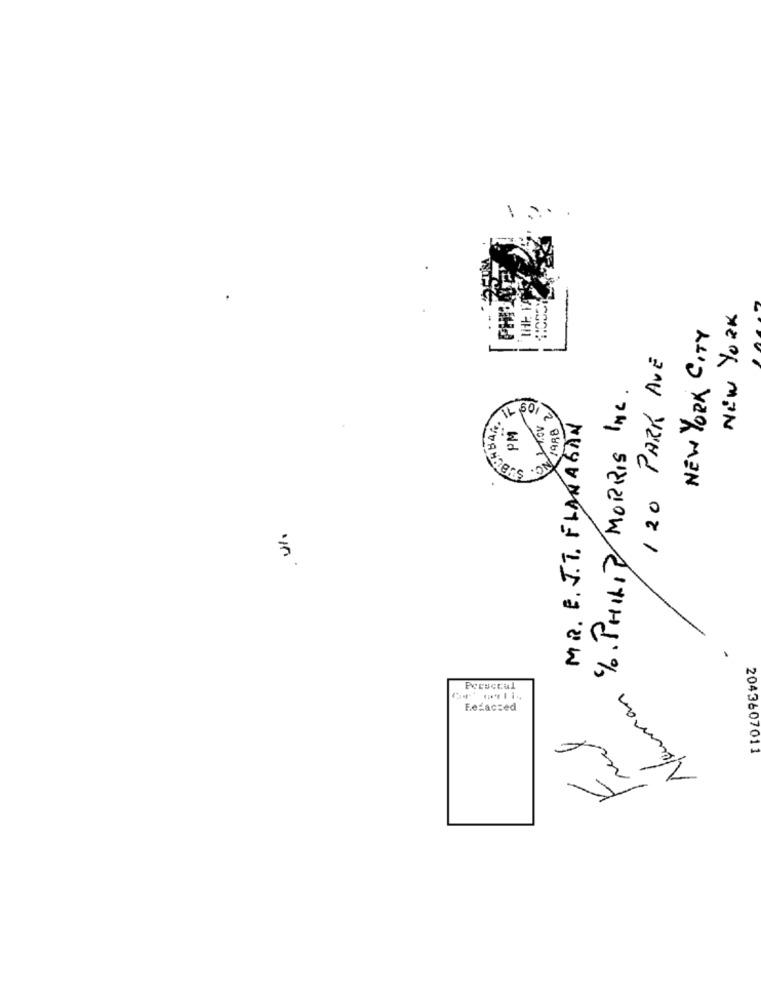
New York
NEW YORK CITY
120 PARK AVE
%. PHILIP MORRIS INC.
PM F
IL 601
FARB 2
MR. E. J.T. FLANAGAN
NC.
Prescoul
Nouman
Fefacced
Freil
2043607011